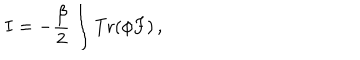
LaTeX: I = - \frac { \beta } { 2 } \int { \mathrm { T r } } ( \phi F ) \, ,